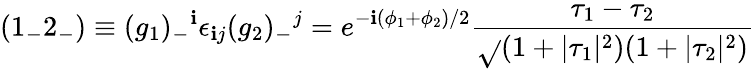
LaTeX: ({1_{-}2_{-}})\equiv(g_{1})_{-}{}^{\mathbf{i}}\epsilon_{\mathbf{i}j}(g_{2})_{-}{}^{j}=e^{-\mathbf{i}{(\phi_{1}+\phi_{2})/2}}\frac{{\tau_{1}-\tau_{2}}}{{\sqrt{}{{(1+|\tau_{1}|^{2})(1+|\tau_{2}|^{2})}}}}